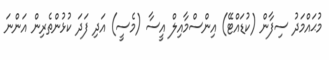
މުޙައްމަދު ސިފާން (ކުޑައްޓޭ) އިންސްމާއިލް އީސާ (މެސީ) އަދި ފަދަ ކުޅުންތެރިން އަންނަ